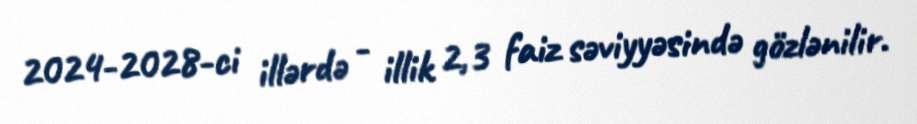
2024-2028-ci illərdə - illik 2,3 faiz səviyyəsində gözlənilir.